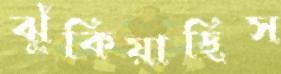
ঝুঁকিয়াছিস